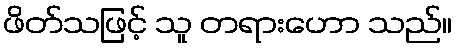
ဖိတ်သဖြင့် သူ တရားဟော သည်။